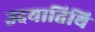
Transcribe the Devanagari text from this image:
उदयातिथि